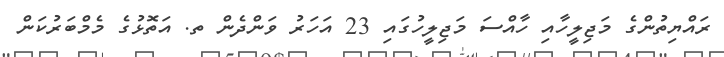
ރައްޔިތުންގެ މަޖިލީހާއި ހާއްސަ މަޖިލީހުގައި 23 އަހަރު ވަންދެން ތ. އަތޮޅުގެ މެމްބަރުކަން